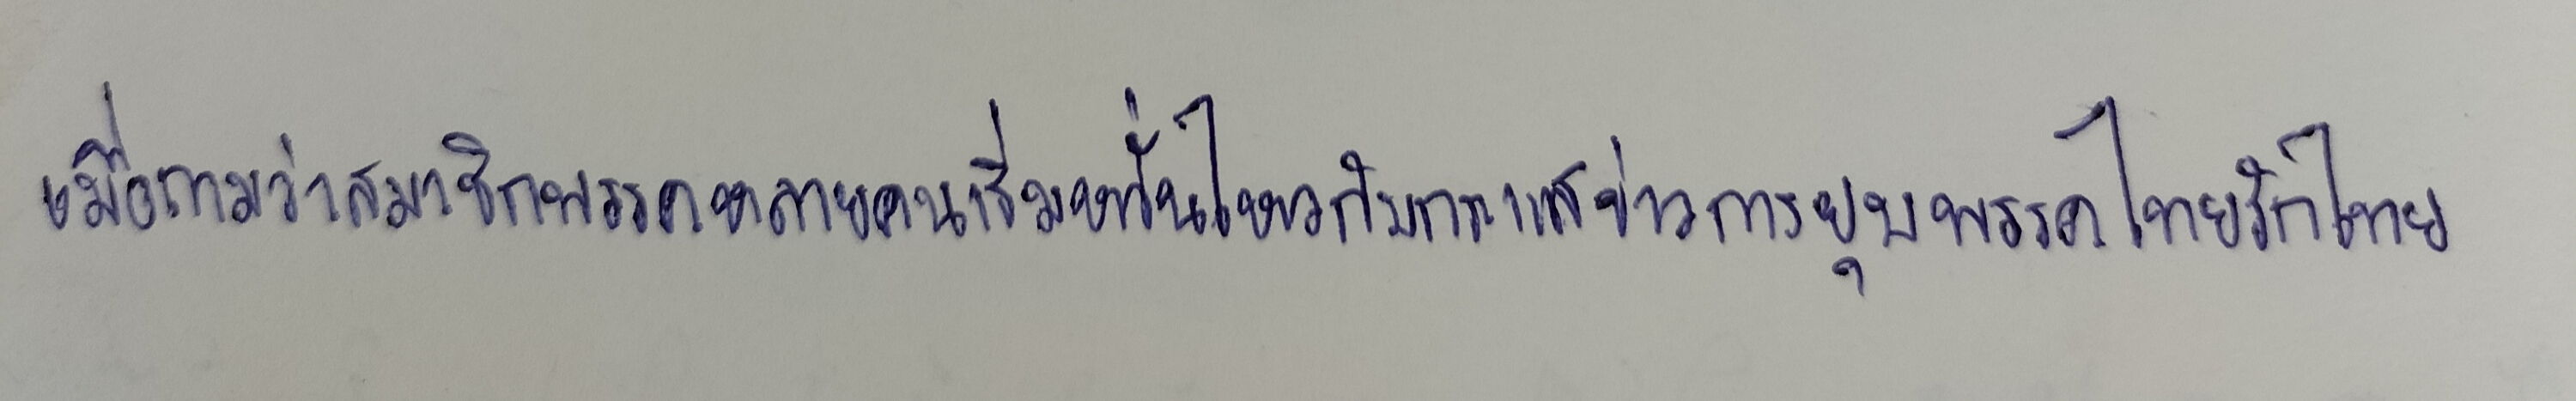
เมื่อถามว่าสมาชิกพรรคหลายคนเริ่มหวั่นไหวกับกระแสข่าวการยุบพรรคไทยรักไทย